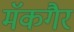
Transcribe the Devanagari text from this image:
मॅकगैर